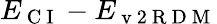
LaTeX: E_{\mathrm{~C~I~}}-E_{\mathrm{~v~2~R~D~M~}}